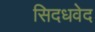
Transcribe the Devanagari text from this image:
सिदधवेद